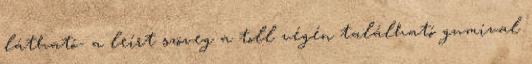
látható- a leírt szöveg a toll végén található gumival